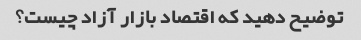
توضیح دهید که اقتصاد بازار آزاد چیست؟